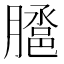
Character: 𭩉